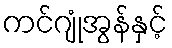
ကင်ဂျုံအွန်နှင့်